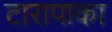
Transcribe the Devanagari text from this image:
टारापाका